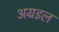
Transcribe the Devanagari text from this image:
अग्रइल